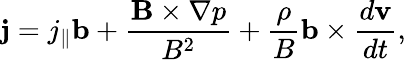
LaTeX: \mathbf{j}=j_{\| }\mathbf{b}+\frac{\mathbf{B}\times\nabla p}{B^{2}}+\frac{\rho}{B}\mathbf{b}\times\frac{d{\mathbf{v}}}{dt},